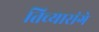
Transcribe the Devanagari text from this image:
तिच्यासंगे